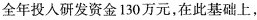
全年投入研发资金130万元，在此基础上，